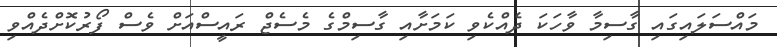
މައްސަލައިގައި ގާސިމާ ވާހަކަ ދެއްކެވި ކަމަށާއި ގާސިމްގެ މެސެޖް ރައީސްއަށް ވެސް ފޯރުކޮށްދެއްވި